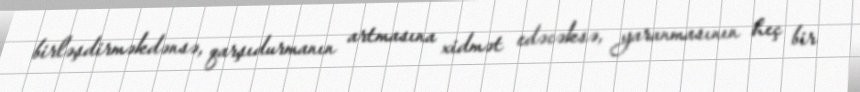
birləşdirməkdənsə, qarşıdurmanın artmasına xidmət edəcəksə, yaranmasının heç bir